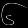
Digit: ၆